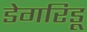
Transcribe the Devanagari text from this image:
डेगरिडू